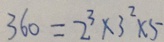
3 6 0 = 2 ^ { 3 } \times 3 ^ { 2 } \times 5